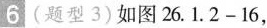
6(题型3)如图26.1.2-16，